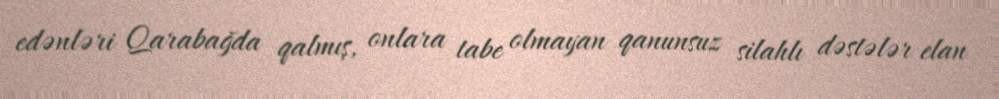
edənləri Qarabağda qalmış, onlara tabe olmayan qanunsuz silahlı dəstələr elan